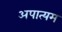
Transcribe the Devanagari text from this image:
अपात्यम